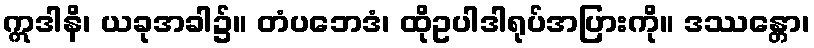
ဣဒါနိ၊ ယခုအခါ၌။ တံပဘေဒံ၊ ထိုဥပါဒါရုပ်အပြားကို။ ဒဿန္တော၊